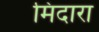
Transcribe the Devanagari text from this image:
मिंदारा